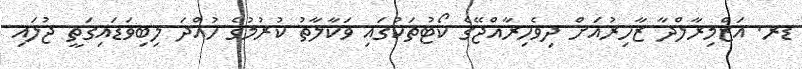
ޑރ. އަޒްމިރާލްދާ ޒާހިރުއަށް ދިވެހިރާއްޖޭގެ ކޯޓުތަކުގައި ވަކާލާތު ކުރުމުގެ ހުއްދަ ލިބިވަޑައިގަތީ ޖުލައި